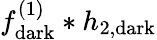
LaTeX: f_{\mathrm{dark}}^{(1)}*h_{2,\mathrm{dark}}